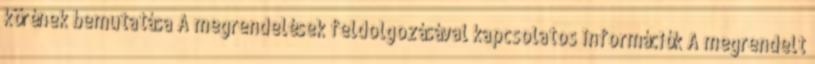
körének bemutatása A megrendelések feldolgozásával kapcsolatos információk A megrendelt